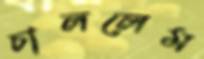
চাললেম